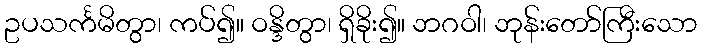
ဥပသင်္ကမိတွာ၊ ကပ်၍။ ဝန္ဒိတွာ၊ ရှိခိုး၍။ ဘဂဝါ၊ ဘုန်းတော်ကြီးသော